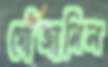
গোঁজামিল